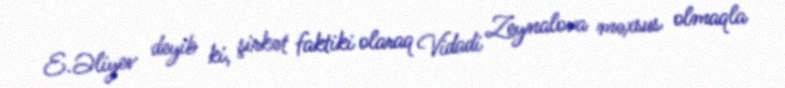
E.Əliyev deyib ki, şirkət faktiki olaraq Vidadi Zeynalova məxsus olmaqla